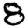
Digit: 8